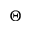
\Theta